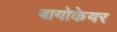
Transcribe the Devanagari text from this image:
बायोकेयर